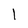
Character: l